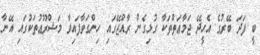
ބީ ފަދަ ބޭރުގެ އެހީދޭ ޖަމާޢަތްތަކާ ގުޅިގެން ރާއްޖޭގައި ހިންގަވާފައިވާ މަޝްރޫޢުތަކުގައި އޭނާ